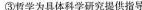
③哲学为具体科学研究提供指导